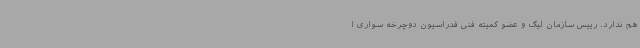
هم ندارد. رییس سازمان لیگ و عضو کمیته فنی فدراسیون دوچرخه سواری ا